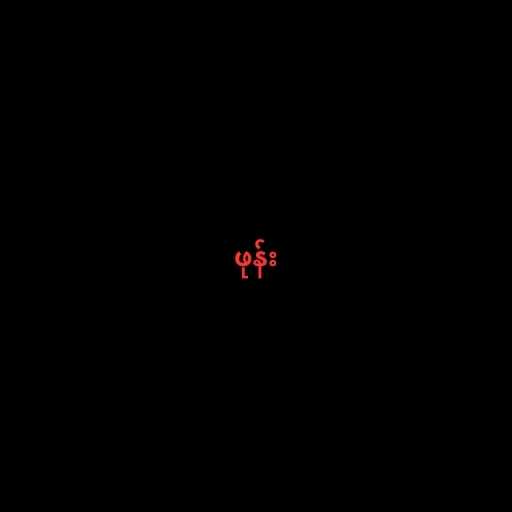
ဖုန်း